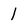
Character: 1